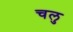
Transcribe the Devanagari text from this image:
चलु